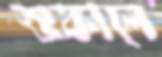
শুকালে